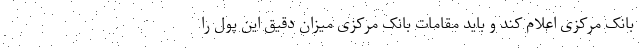
بانک مرکزی اعلام کند و باید مقامات بانک مرکزی میزان دقیق این پول را